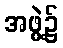
အဖွဲ့၌